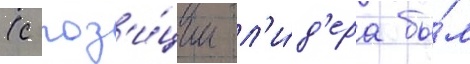
(с поз'и́ции л'и́д'ера бы́л